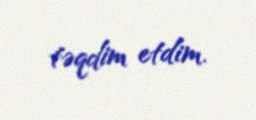
təqdim etdim.